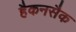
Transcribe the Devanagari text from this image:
हैकनसैक